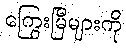
ကြွေးမြီများကို